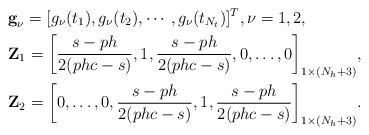
LaTeX: \begin{align*}&\textbf{g}_\nu=[g_\nu(t_1),g_\nu(t_2),\cdots,g_\nu(t_{N_t})]^T,\nu=1,2,\\&\textbf{Z}_1=\bigg[\frac{s-ph}{2(phc-s)},1,\frac{s-ph}{2(phc-s)},0,\ldots,0\bigg]_{1\times(N_h+3)},\\&\textbf{Z}_2=\bigg[0,\ldots,0,\frac{s-ph}{2(phc-s)},1,\frac{s-ph}{2(phc-s)}\bigg]_{1\times(N_h+3)}.\end{align*}